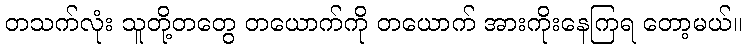
တသက်လုံး သူတို့တတွေ တယောက်ကို တယောက် အားကိုးနေကြရ တော့မယ်။